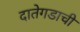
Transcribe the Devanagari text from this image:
दातेगडाची